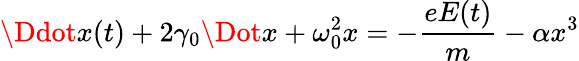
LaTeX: \Ddot{x}(t)+2\gamma_{0}\Dot{x}+\omega_{0}^{2}x=-\frac{eE(t)}{m}-\alpha x^{3}